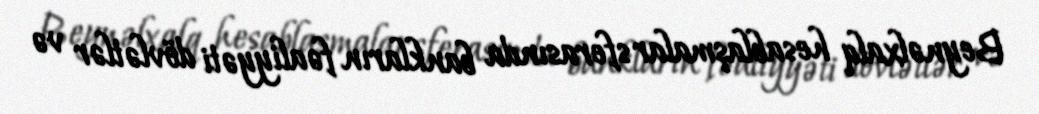
Beynəlxalq hesablaşmalar sferasında bankların fəaliyyəti dövlətlər və